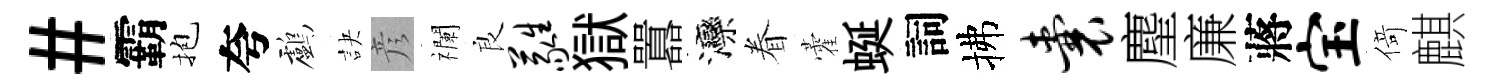
#霸抱夸鸕訣彦襴良蕤獄囂灤眷藿蜒詞拂囊麈廉蔣宝𠋣麒